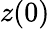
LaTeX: z(0)